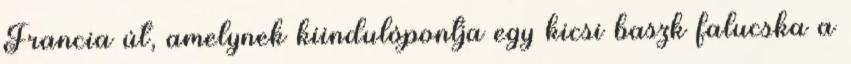
Francia út, amelynek kiindulópontja egy kicsi baszk falucska a